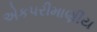
એકપરીમાણીય